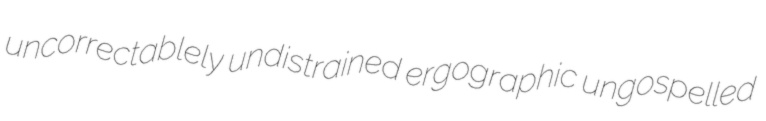
uncorrectablely undistrained ergographic ungospelled